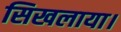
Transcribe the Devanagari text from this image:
सिखलाया।